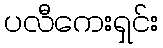
ပလီကေးရှင်း